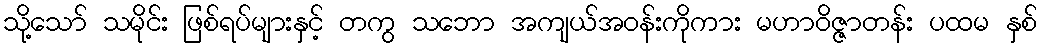
သို့သော် သမိုင်း ဖြစ်ရပ်များနှင့် တကွ သဘော အကျယ်အဝန်းကိုကား မဟာဝိဇ္ဇာတန်း ပထမ နှစ်